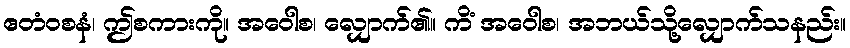
ဧတံဝစနံ၊ ဤစကားကို။ အဝေါစ၊ လျှောက်၏။ ကိံ အဝေါစ၊ အဘယ်သို့လျှောက်သနည်း။